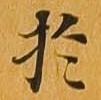
於